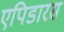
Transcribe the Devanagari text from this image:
एपिडारस